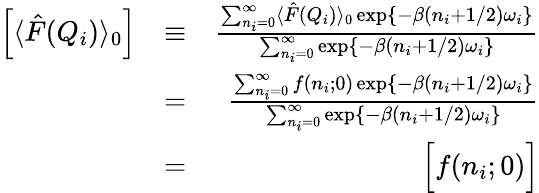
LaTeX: \begin{array}{rlr}{\left[\langle\hat{F}(Q_{i})\rangle_{0}\right]}&{\equiv}&{\frac{\sum_{n_{i}=0}^{\infty}\langle\hat{F}(Q_{i})\rangle_{0}\exp\left\{ -\beta(n_{i}+1/2)\omega_{i}\right\} }{\sum_{n_{i}=0}^{\infty}\exp\left\{ -\beta(n_{i}+1/2)\omega_{i}\right\} }}\\ &{=}&{\frac{\sum_{n_{i}=0}^{\infty}f(n_{i};0)\exp\left\{ -\beta(n_{i}+1/2)\omega_{i}\right\} }{\sum_{n_{i}=0}^{\infty}\exp\left\{ -\beta(n_{i}+1/2)\omega_{i}\right\} }}\\ &{=}&{\Big[f(n_{i};0)\Big]}\end{array}